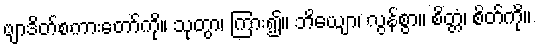
ဗျာဒိတ်စကားတော်ကို။ သုတွာ၊ ကြား၍။ ဘိယျော၊ လွန်စွာ။ စိတ္တံ၊ စိတ်ကို။